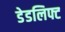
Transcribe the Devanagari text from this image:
डेडलिफ्ट